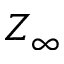
Z _ { \infty }